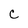
Character: C